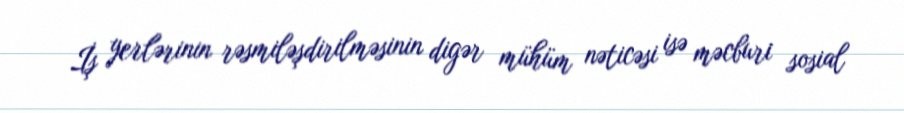
İş yerlərinin rəsmiləşdirilməsinin digər mühüm nəticəsi isə məcburi sosial